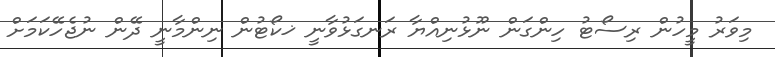
މިވަރު މީހުން ރިސޯޓު ހިންގަން ނޫޅުނިއްޔާ ރަނގަޅުވާނީ ޚކޯޓުން ނިންމާނީ ދޭން ނުޖެހޭކަމަށް